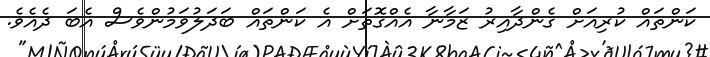
ކަންތައް ކުރިއަށް ގެންދާއިރު ޒަމާނާ އެއްގޮތަށް އެ ކަންތައް ބަދަލުވަމުންވެސް އެބަ ދެއެވެ.